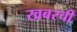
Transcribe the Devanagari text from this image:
खबरची